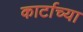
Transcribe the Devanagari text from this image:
कार्टाच्या